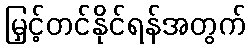
မြှင့်တင်နိုင်ရန်အတွက်